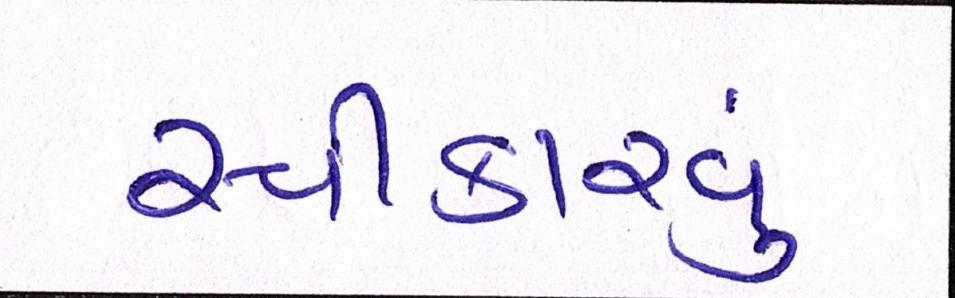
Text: સ્વીકારવું